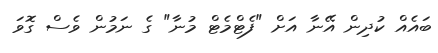
ބައެއް ކުދިން އޭނާ އަށް "ފެޓްމެޓް މުނާ" ގެ ނަމުން ވެސް ގޮވަ